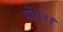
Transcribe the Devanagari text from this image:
होंगे।।